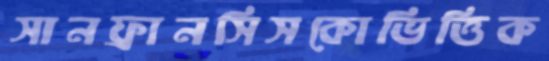
সানফ্রানসিসকোভিত্তিক